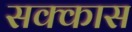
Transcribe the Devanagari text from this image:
सक्कास